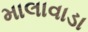
માલાવાડા